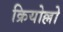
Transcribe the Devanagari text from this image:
क्रियोल्लो